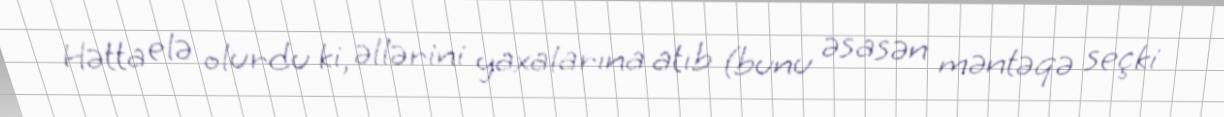
Hətta elə olurdu ki, əllərini yaxalarına atıb (bunu əsasən məntəqə seçki